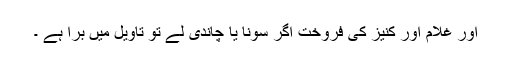
اور غلام اور کنیز کی فروخت اگر سونا یا چاندی لے تو تاویل میں برا ہے ۔